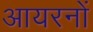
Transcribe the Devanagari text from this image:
आयरनों